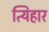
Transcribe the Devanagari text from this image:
त्यिहार